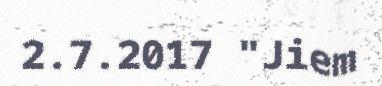
2.7.2017 "Jiem